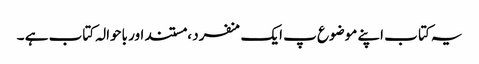
یہ کتا ب اپنے موضوع پ ایک منفرد ، مستند اور باحوالہ کتاب ہے ۔